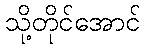
သို့တိုင်အောင်